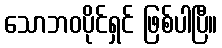
သောဘဝပိုင်ရှင် ဖြစ်ပါပြီ။